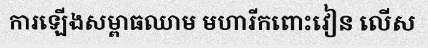
ការឡើងសម្ពាធឈាម មហារីកពោះវៀន លើស